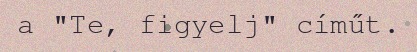
a "Te, figyelj" címűt.